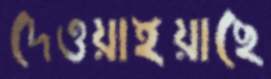
দেওয়াইয়াছে